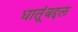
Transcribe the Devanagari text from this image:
धातूंबद्दल